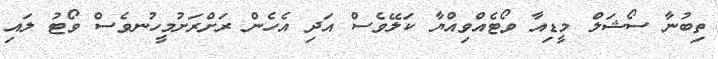
ތިބުނާ ސޯޝަލް މީޑިއާ ވޯޓެއްވިއްޔާ ކަލޭވެސް އަދި އެހެން ރަށްރަށުމީހުނވެސް ވޯޓު ލައި